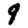
Digit: 9